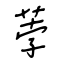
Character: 荸